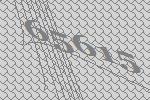
65615